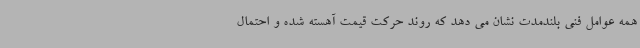
همه عوامل فنی بلندمدت نشان می دهد که روند حرکت قیمت آهسته شده و احتمال